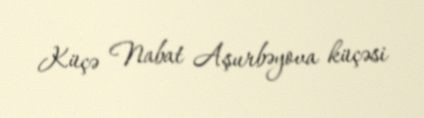
Küçə Nabat Aşurbəyova küçəsi